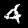
Label: 4